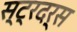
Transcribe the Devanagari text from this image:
स्ट्रदर्स